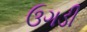
ઉગડી